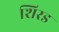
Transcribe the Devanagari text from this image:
शिरड